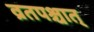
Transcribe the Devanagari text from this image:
व्रतपश्चात्‌